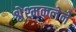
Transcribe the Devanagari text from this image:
श्लेश्मकलेने